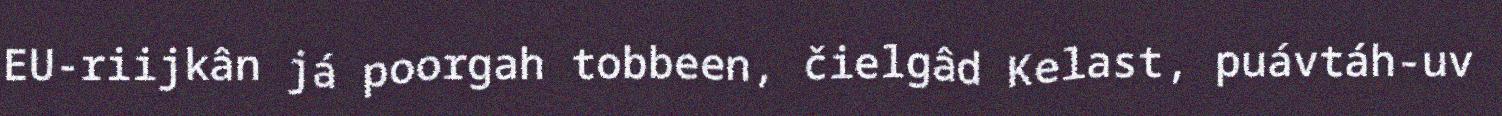
EU-riijkân já poorgah tobbeen, čielgâd Kelast, puávtáh-uv